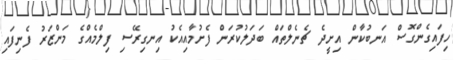
ހިފައިގެންގޮސް އަނބުކާން އިށީދެ ޗެނެލްތައް ބަދަލުކުރަން ފެށުމާއިއެކު އިނގިރޭސި ފިލްމެއްގެ މަންޒަރު ފެނިފައި